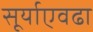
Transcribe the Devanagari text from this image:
सूर्याएवढा